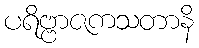
ပရိဗ္ဗာဇကသတာနိ